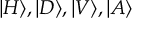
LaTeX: | H \rangle , | D \rangle , | V \rangle , | A \rangle